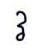
វ